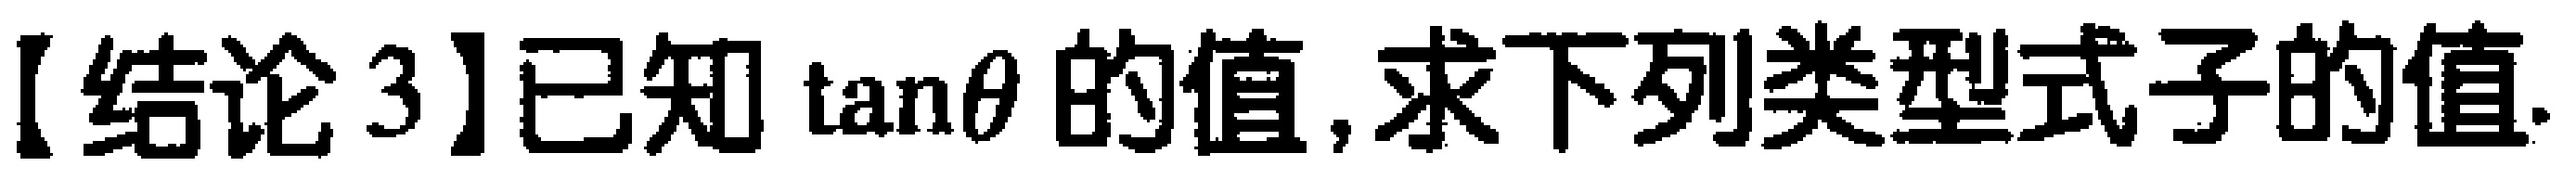
【结论3】已知\(\tan\theta\)的值,求下列类型式子的值.